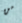
من